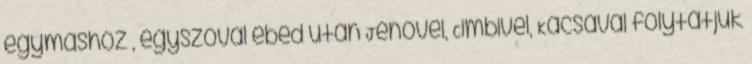
egymáshoz , egyszóval ebéd után Jenővel, Cimbivel, Kacsával folytatjuk